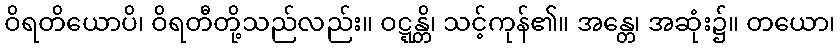
ဝိရတိယောပိ၊ ဝိရတီတို့သည်လည်း။ ဝဋ္ဋန္တိ၊ သင့်ကုန်၏။ အန္တေ၊ အဆုံး၌။ တယော၊